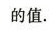
的值.